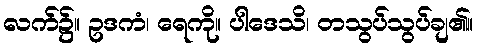
လက်၌။ ဥဒကံ၊ ရေကို။ ပါဒေသိ၊ တသွပ်သွပ်ချ၏။